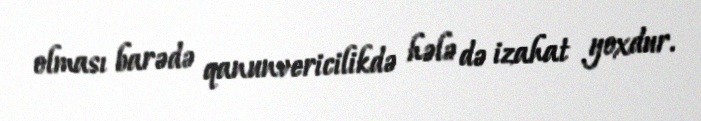
olması barədə qanunvericilikdə hələ də izahat yoxdur.